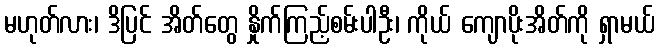
မဟုတ်လား၊ ဒိပြင် အိတ်တွေ နှိုက်ကြည့်စမ်းပါဦး၊ ကိုယ် ကျောပိုးအိတ်ကို ရှာမယ်